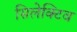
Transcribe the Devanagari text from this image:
सिलेक्टिव